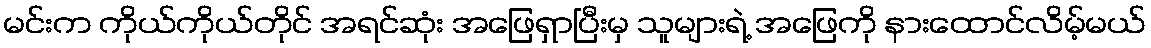
မင်းက ကိုယ်ကိုယ်တိုင် အရင်ဆုံး အဖြေရှာပြီးမှ သူများရဲ့ အဖြေကို နားထောင်လိမ့်မယ်